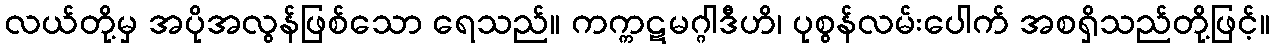
လယ်တို့မှ အပိုအလွန်ဖြစ်သော ရေသည်။ ကက္ကဋမဂ္ဂါဒီဟိ၊ ပုစွန်လမ်းပေါက် အစရှိသည်တို့ဖြင့်။